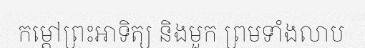
កម្តៅព្រះអាទិត្យ និងមួក ព្រមទាំងលាប